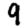
Digit: 9